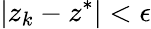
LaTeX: |z_{k}-z^{*}|<\epsilon